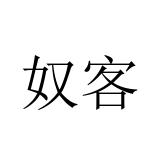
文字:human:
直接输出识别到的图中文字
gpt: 奴客